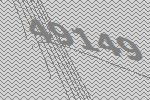
49149